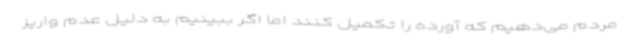
مردم می‌دهیم که آورده را تکمیل کنند اما اگر ببینیم به دلیل عدم واریز